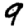
Digit: 9